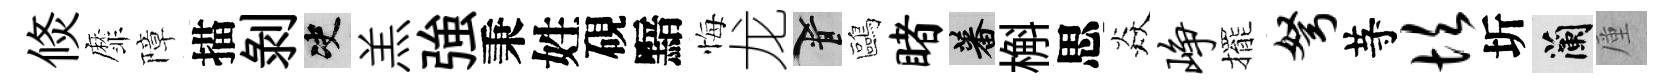
倐靡障描剥决羔強秉姓硯黯悔龙柳鷗睹蕃槲思焱峥擺弩䒭坎圻蘭厪